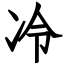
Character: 冷